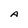
Character: A